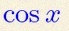
\cos x